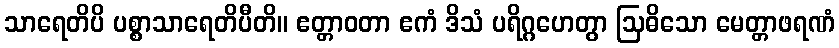
သာရေတိပိ ပစ္စာသာရေတိပီတိ။ ဧတ္တာဝတာ ဧကံ ဒိသံ ပရိဂ္ဂဟေတွာ ဩဓိသော မေတ္တာဖရဏံ